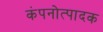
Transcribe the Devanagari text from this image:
कंपनोत्पादक